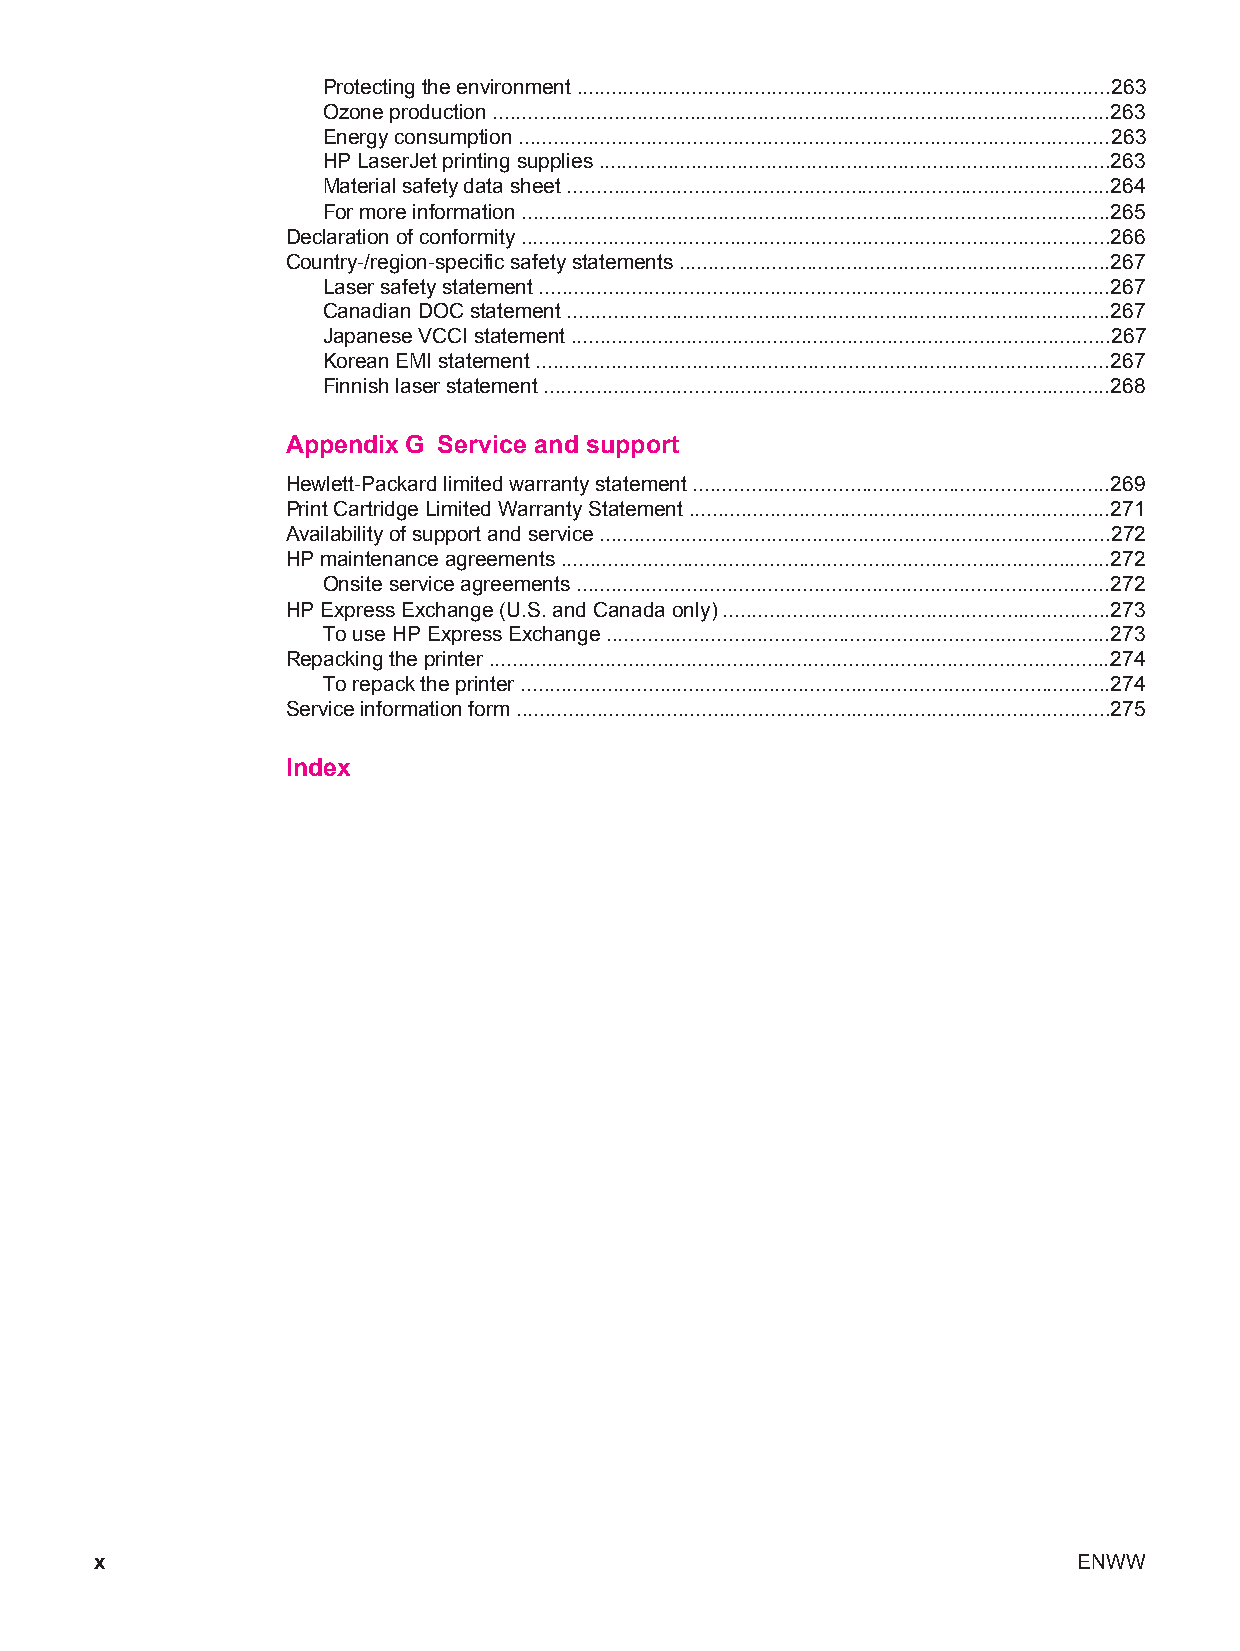
Protecting the environment .............................................................................................263
 Ozone production ...........................................................................................................263
 Energy consumption .......................................................................................................263
 HP LaserJet printing supplies .........................................................................................263
 Material safety data sheet ..............................................................................................264
 For more information ......................................................................................................265
 Declaration of conformity ......................................................................................................266
 Country-/region-specific safety statements ...........................................................................267
 Laser safety statement ...................................................................................................267
 Canadian DOC statement ..............................................................................................267
 Japanese VCCI statement ..............................................................................................267
 Korean EMI statement ....................................................................................................267
 Finnish laser statement ..................................................................................................268
 Appendix G Service and support
 Hewlett-Packard limited warranty statement ........................................................................269
 Print Cartridge Limited Warranty Statement .........................................................................271
 Availability of support and service .........................................................................................272
 HP maintenance agreements ...............................................................................................272
 Onsite service agreements .............................................................................................272
 HP Express Exchange (U.S. and Canada only) ...................................................................273
 To use HP Express Exchange .......................................................................................273
 Repacking the printer ............................................................................................................274
 To repack the printer ......................................................................................................274
 Service information form .......................................................................................................275
 Index
 x                                                                ENWW